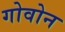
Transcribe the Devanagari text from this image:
गोवोन